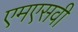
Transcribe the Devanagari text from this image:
एमएसवी